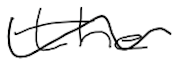
Text: the
Cross-out: wave
Writing tool: digital_black